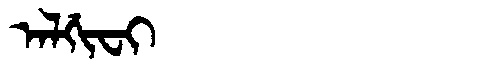
Manchu: ᠠᠯᡤᡳᠸᡳ
Romanization: ALGIFI